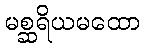
မစ္ဆရိယမထော